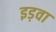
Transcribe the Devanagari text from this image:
इड़वा